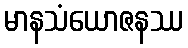
မာနသံယောဇနဿ